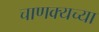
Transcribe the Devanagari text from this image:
चाणक्यच्या